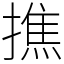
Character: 撨